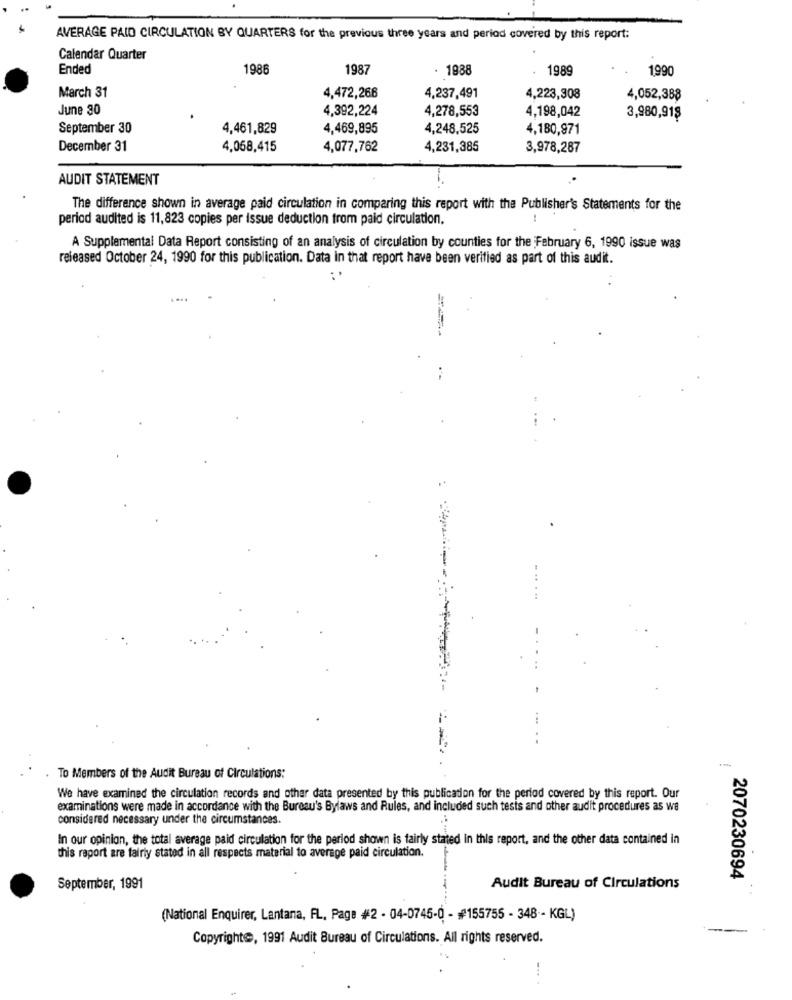
AVERAGE PAID CIRCULATION BY QUARTERS for the previous three years and period covered by this report:
Calendar Quarter
Ended
1986
1987
1988
1989
1990
March 31
4,472,266
4,237,491
4,223,308
4,052,388
June 30
4,392,224
4,278,553
4,198,042
3,980,918
September 30
4,461,829
4,469,895
4,248,525
4,180,971
December 31
4,068,415
4,077,762
4,231,385
3,978,287
AUDIT STATEMENT
The difference shown in average paid circulation in comparing this report with the Publisher's Statements for the
period audited is 11,823 copies per issue deduction from paid circulation.
A Supplemental Data Report consisting of an analysis of circulation by counties for the February 6, 1990 issue was
released October 24, 1990 for this publication. Data in that report have been verified as part of this audit.
...
. .
To Members of the Audit Bureau of Circulations:
We have examined the circulation records and other data presented by this publication for the period covered by this report. Our
examinations were made in accordance with the Bureau's Bylaws and Rules, and included such tests and other audit procedures as we
considered necessary under the circumstances.
In our opinion, the total average paid circulation for the period shown is fairly stated in this report, and the other data contained in
this report are fairly stated in all respects material to average paid circulation.
2070230694
September, 1991
Audit Bureau of Circulations
(National Enquirer, Lantana, FL, Page #2 - 04-0745-0 - #155755 - 348 - KGL)
Copyrighte, 1991 Audit Bureau of Circulations. All rights reserved.